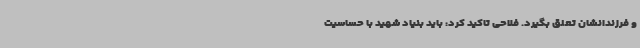
و فرزندانشان تعلق بگیرد. فلاحی تاکید کرد: باید بنیاد شهید با حساسیت